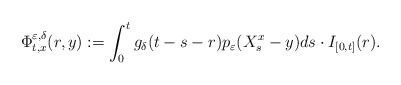
\begin{align*}\Phi_{t,x}^{\varepsilon, \delta}(r,y):=\int_0^t g_{\delta}(t-s-r)p_\varepsilon(X_s^x-y)ds\cdot I_{[0,t]}(r).\end{align*}